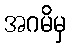
အဂမိမှ